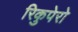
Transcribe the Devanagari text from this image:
रिकुपेरो